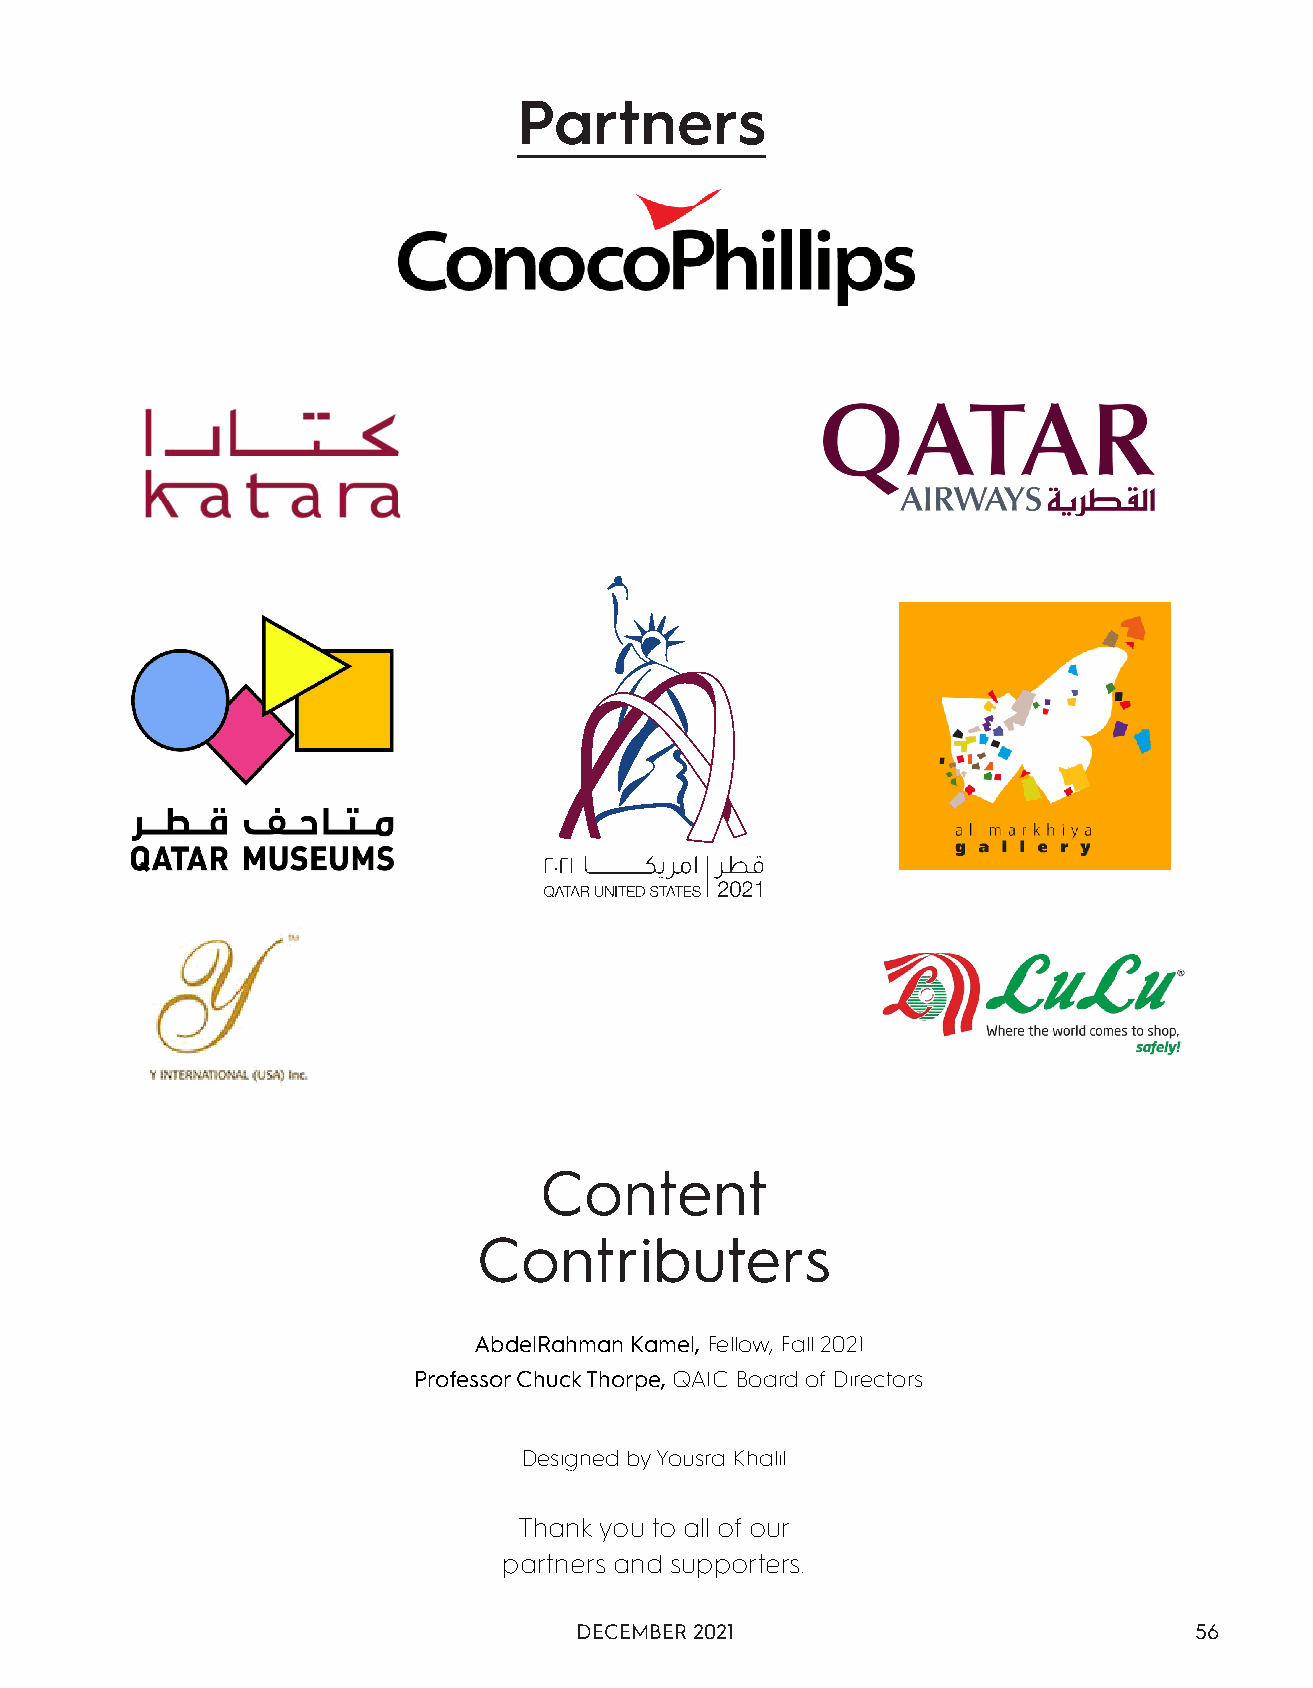
Partners
 Content
 Contributers
 AbdelRahman Kamel, Fellow, Fall 2021
 Professor Chuck Thorpe, QAIC Board of Directors
 Designed by Yousra Khalil
 Thank you to all of our
 partners and supporters.
 DECEMBER 2021                            56